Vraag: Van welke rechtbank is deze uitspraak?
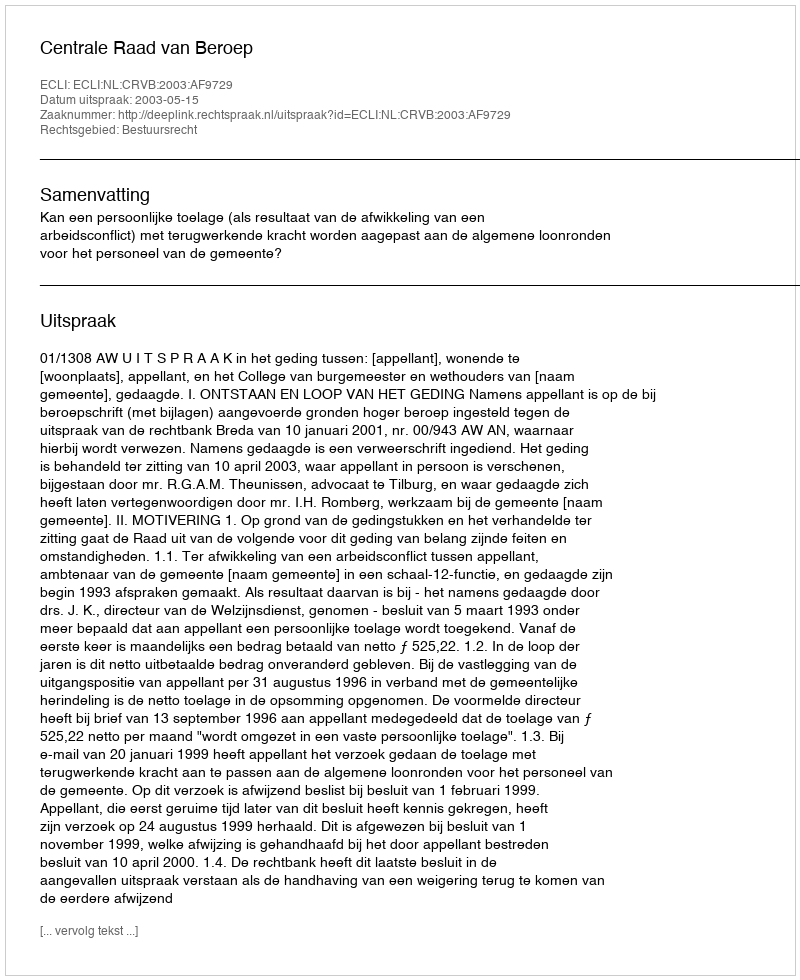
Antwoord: Centrale Raad van Beroep